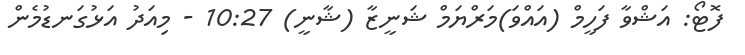
ފޮޓޯ: އަޝްވާ ފަހީމް (އައްވަ)މަރްޔަމް ޝަނީޒާ (ޝާނީ) 10:27 - މިއަދު އަޅުގަނޑުމެން